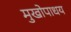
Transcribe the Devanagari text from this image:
मुखोपाधय